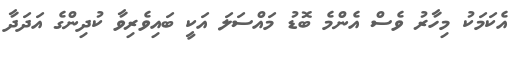
އެކަމަކު މިހާރު ވެސް އެންމެ ބޮޑު މައްސަލަ އަކީ ބައިވެރިވާ ކުދިންގެ އަދަދާ